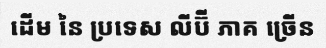
ដើម នៃ ប្រទេស លីប៊ី ភាគ ច្រើន